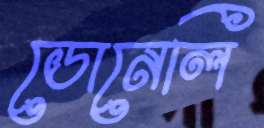
ডোনেলি